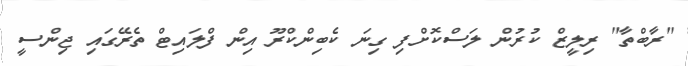
"ރާބްތާ" ރިލީޒް ކުރުން ލަސްކޮށްފި ގިނަ ކެބިންކްރޫ އިން ފްލައިޓް ތެރޭގައި ޖިންސީ